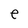
Character: e